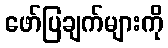
ဖော်ပြချက်များကို